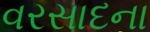
વરસાદના